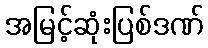
အမြင့်ဆုံးပြစ်ဒဏ်